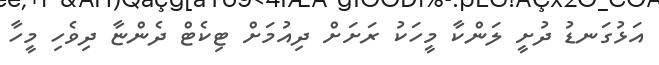
އަޅުގަނޑު ދުށީ ލަންކާ މީހަކު ރަށަށް ދިއުމަށް ޓިކެޓް ދެންޏާ ދިވެހި މީހާ